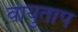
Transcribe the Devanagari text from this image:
वायुताप